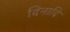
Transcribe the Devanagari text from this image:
दिनादि